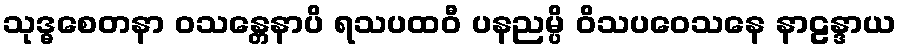
သုဒ္ဓစေတနာ ဝသန္တေနာပိ ရသပထဝီ ပနညမ္ပိ ဝိသပဝေသနေ နာဠန္ဒာယ